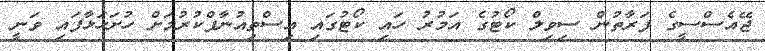
ޖޭއެސްސީގެ ފަރާތުން ސިވިލް ކޯޓުގެ އަމުރު ހައި ކޯޓުގައި އިސްތިއުނާފްކުރުމަށް ހުށަހަޅާފައި ވަނީ